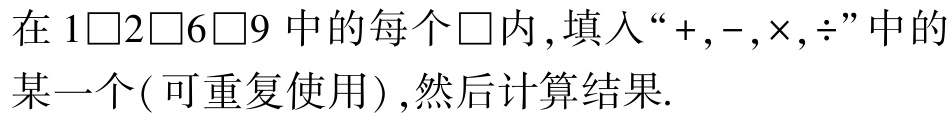
在 \(1\square2\square6\square9\) 中的每个 \(\square\)内 ,填入“\(+,-,\times,\div\)”中的某一个( 可重复使用 ) ,然后计算结果.